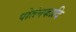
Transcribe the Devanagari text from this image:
पोतंनकादि